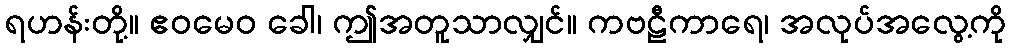
ရဟန်းတို့။ ဧဝမေဝ ခေါ၊ ဤအတူသာလျှင်။ ကဗဠီကာရေ၊ အလုပ်အလွေ့ကို